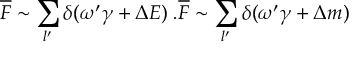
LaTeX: \overline { { { \cal F } } } \sim \sum _ { l ^ { \prime } } \delta ( \omega ^ { \prime } \gamma + \Delta E ) \; . \overline { { { \cal F } } } \sim \sum _ { l ^ { \prime } } \delta ( \omega ^ { \prime } \gamma + \Delta m )